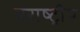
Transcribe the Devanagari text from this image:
मराष्ट्रीय